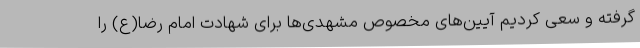
گرفته و سعی کردیم آیین‌های مخصوص مشهدی‌ها برای شهادت امام رضا(ع) را